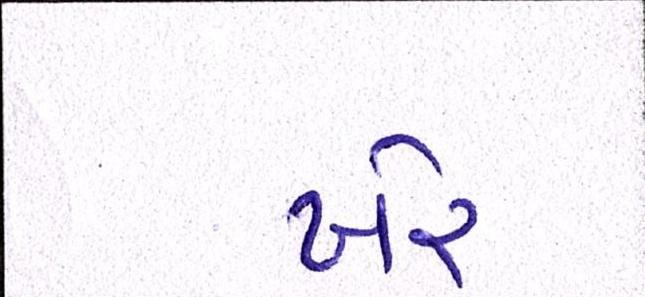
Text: ખેર